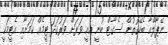
ނޭޕާލްއާ ބެހޭގޮތުން ސެގާޓް ބުނީ އެއީ ވަރަށް ވަރުގަދަ ޓީމެއް ކަމަށާއި އެޓީމަކީ